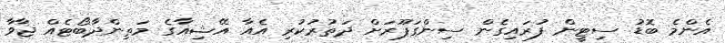
އެންމެ ބޮޑު ސިޓީން ފުރައިގެން ސިންގަޕޫރަށް ދަތުރުކުރި އެއާ އޭޝިއާގެ މަތިންދާބޯޓެއް ޖާވާ